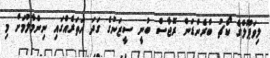
ލިވަޕޫލްގެ ކޯޗު ބްރެންޑަން ރޮޖާސް ބުނީ ސީޒަނުގެ ގަދަ ހަަތަރެއްގައި ނިންމާލުމަށް މި